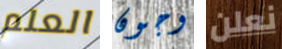
العلم وجون نعلن